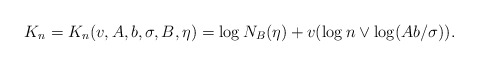
\begin{align*}K_n = K_{n} (v,A,b,\sigma,B,\eta) = \log N_{B}(\eta) + v(\log n\vee\log (A b/\sigma)).\end{align*}